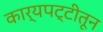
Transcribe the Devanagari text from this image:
कार्यपट्टीतून